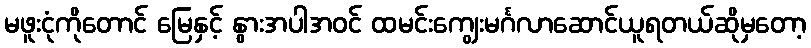
မဖူးငုံကိုတောင် မြေနှင့် နွားအပါအဝင် ထမင်းကျွေးမင်္ဂလာဆောင်ယူရတယ်ဆိုမှတော့